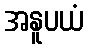
အနူပယံ